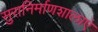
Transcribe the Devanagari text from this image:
सुरानिर्माणशालाएं